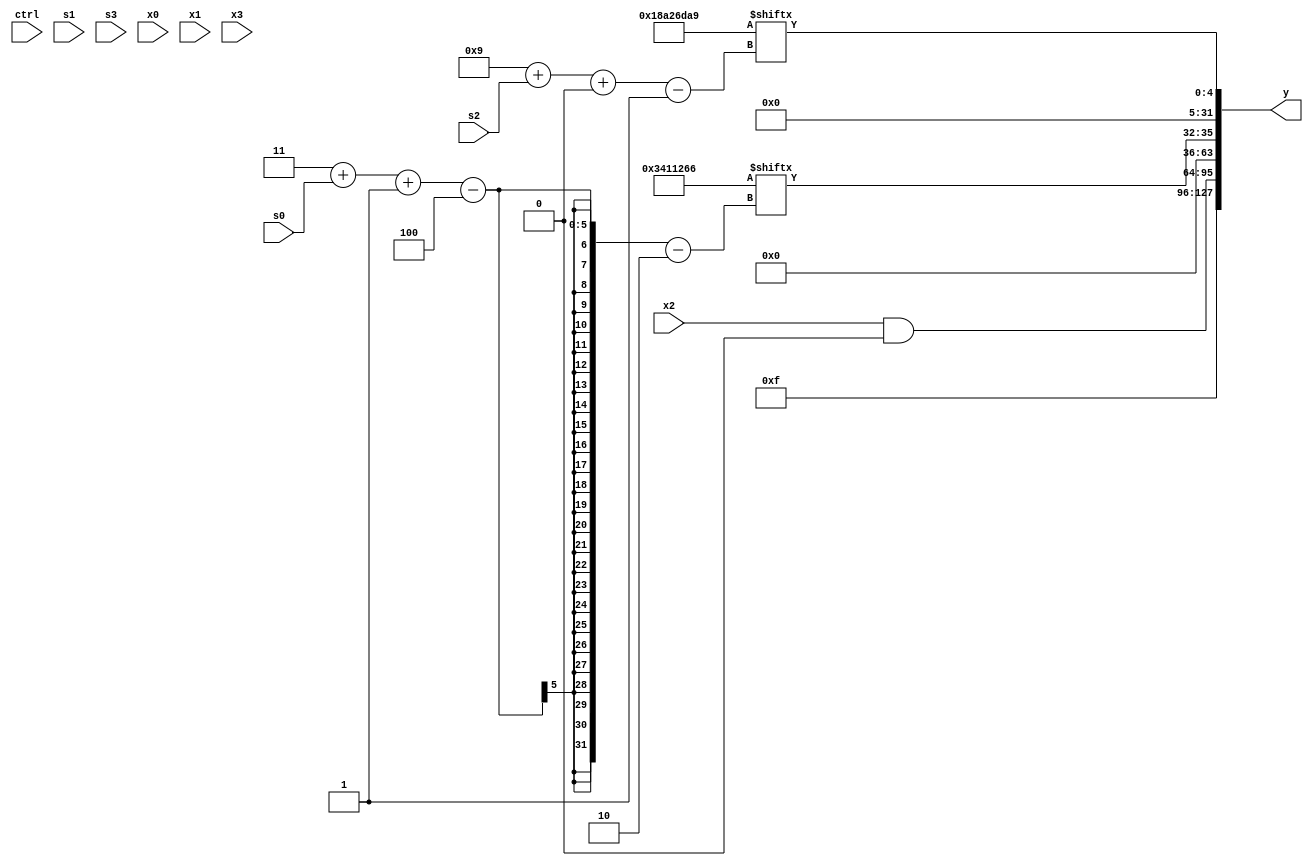
module partsel_00250(ctrl, s0, s1, s2, s3, x0, x1, x2, x3, y);
  input [3:0] ctrl;
  input [2:0] s0;
  input [2:0] s1;
  input [2:0] s2;
  input [2:0] s3;
  input [31:0] x0;
  input signed [31:0] x1;
  input signed [31:0] x2;
  input [31:0] x3;
  wire [1:30] x4;
  wire signed [0:31] x5;
  wire signed [24:7] x6;
  wire signed [31:7] x7;
  wire [26:1] x8;
  wire [5:31] x9;
  wire [24:1] x10;
  wire signed [31:5] x11;
  wire [24:1] x12;
  wire [31:6] x13;
  wire [26:7] x14;
  wire [3:29] x15;
  output [127:0] y;
  wire [31:0] y0;
  wire [31:0] y1;
  wire signed [31:0] y2;
  wire [31:0] y3;
  assign y = {y0,y1,y2,y3};
  localparam signed [2:31] p0 = 809267771;
  localparam signed [29:4] p1 = 326647786;
  localparam [27:2] p2 = 54596198;
  localparam [30:1] p3 = 413298089;
  assign x4 = p1[15 + s2 +: 7];
  assign x5 = p1[17 +: 1];
  assign x6 = ((ctrl[2] || !ctrl[3] || ctrl[2] ? (((p2 & x3[29 + s1 +: 2]) | p0[18 + s2 -: 1]) & x5[15]) : {2{(x5[9] ^ (p3[8] | p1))}}) + ((((p3[14 + s1] ^ x5[16 -: 4]) - p0[22 + s0 +: 5]) & (!ctrl[0] || !ctrl[0] && !ctrl[3] ? (p0 ^ (p3[21 + s3 -: 4] - (x0[19 -: 3] - x0[16 +: 1]))) : (ctrl[0] || !ctrl[0] || ctrl[1] ? x5[18 + s2 -: 3] : x5))) | (x4[20 -: 2] & {2{(!ctrl[0] && ctrl[2] || !ctrl[3] ? x1[14 -: 4] : x2[20])}})));
  assign x7 = x6;
  assign x8 = (x3[4 + s2 +: 4] + (((p0[19 +: 4] ^ {x6, x7[19 -: 4]}) & p1) ^ (p1 ^ p0[16 + s2])));
  assign x9 = (p0[12 +: 3] & x8);
  assign x10 = {(x0[23 -: 4] | {(!ctrl[2] && !ctrl[2] && !ctrl[3] ? p1[10] : ((p1[9 + s3] + p3) & x7[13 +: 2])), ((!ctrl[3] && ctrl[3] || ctrl[3] ? (p0[10 +: 2] - p3) : (p0[16] + (p1[30 + s3 +: 4] + p2[21 + s0 +: 3]))) | (x6[23 -: 3] | p0))}), ((x1[16 + s1] ^ {2{x2[10 + s0 +: 3]}}) ^ (x8[16 + s3 -: 4] - {2{(ctrl[2] || !ctrl[2] && !ctrl[3] ? p3[10] : x8[18 + s2])}}))};
  assign x11 = {{2{{2{p3[20 + s3 -: 5]}}}}, x1[16 + s1 +: 6]};
  assign x12 = (p0[5 + s2 -: 1] + p2[14 + s1]);
  assign x13 = x2[10 + s3 +: 5];
  assign x14 = (x0 - x6[19 -: 4]);
  assign x15 = p1;
  assign y0 = p1[15 -: 4];
  assign y1 = (x2 & {2{p0[23]}});
  assign y2 = p2[3 + s0 -: 4];
  assign y3 = (!ctrl[1] && ctrl[1] && !ctrl[0] ? p3[29 + s3 +: 7] : p3[9 + s2 +: 5]);
endmodule